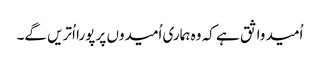
اُمید واثق ہے کہ وہ ہماری اُمیدوں پر پورا اُتریں گے۔